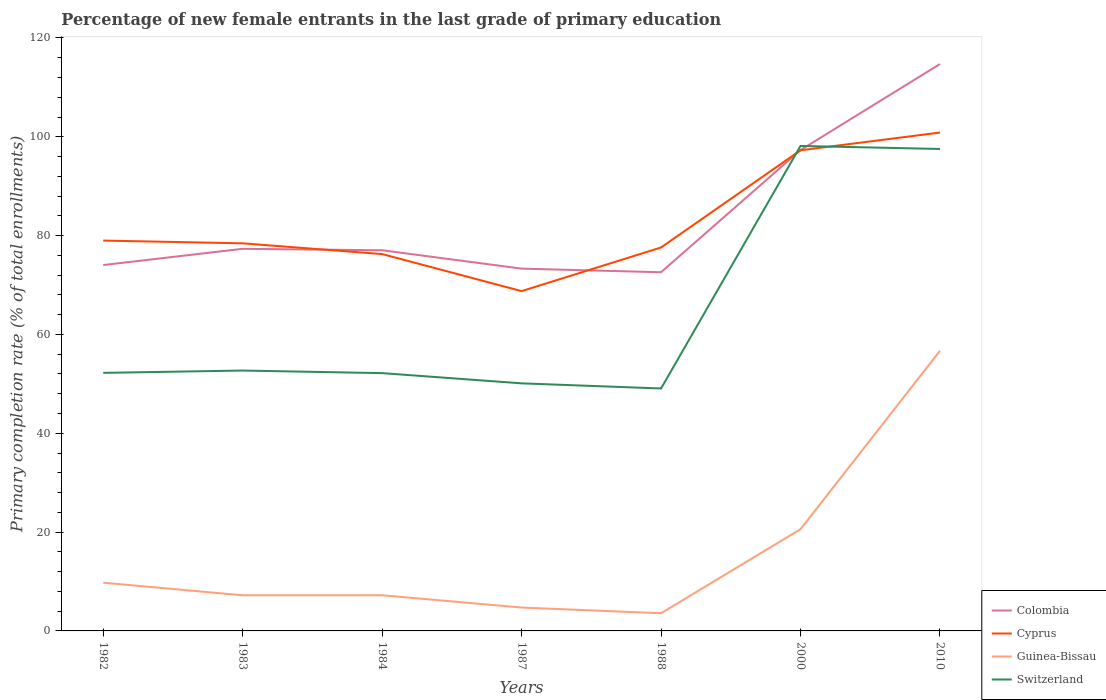
| Years | Colombia | Cyprus | Guinea-Bissau | Switzerland |
 | --- | --- | --- | --- | --- |
 | 1982 | 74 | 79 | 9.76 | 52.2 |
 | 1983 | 77.3 | 78.4 | 7.21 | 52.7 |
 | 1984 | 77 | 76.3 | 7.22 | 52.2 |
 | 1987 | 73.3 | 68.8 | 4.73 | 50.1 |
 | 1988 | 72.6 | 77.6 | 3.58 | 49.1 |
 | 2000 | 97.3 | 97.3 | 20.6 | 98.2 |
 | 2010 | 115 | 101 | 56.7 | 97.5 |